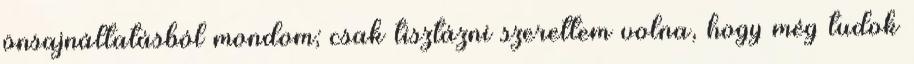
önsajnáltatásból mondom; csak tisztázni szerettem volna, hogy még tudok